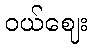
ဝယ်ဈေး